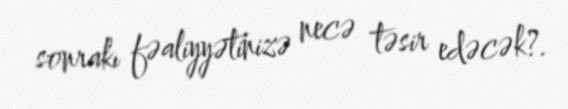
sonrakı fəaliyyətinizə necə təsir edəcək?.